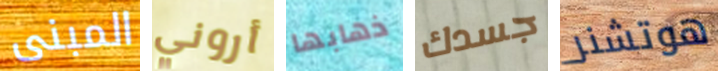
المبنى أروني ذهابها جسدك هوتشنر